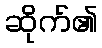
ဆိုက်၏